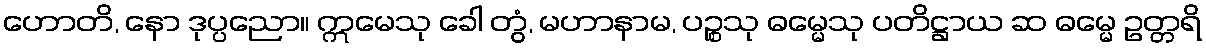
ဟောတိ, နော ဒုပ္ပညော။ ဣမေသု ခေါ တွံ, မဟာနာမ, ပဉ္စသု ဓမ္မေသု ပတိဋ္ဌာယ ဆ ဓမ္မေ ဥတ္တရိ